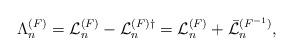
LaTeX: \begin{align*}\Lambda_n^{(F)}= {\cal L}_n^{(F)}-{\cal L}_n^{(F)\dagger}={\cal L}_n^{(F)}+ \bar{\cal L}_n^{(F^{-1})}, \end{align*}